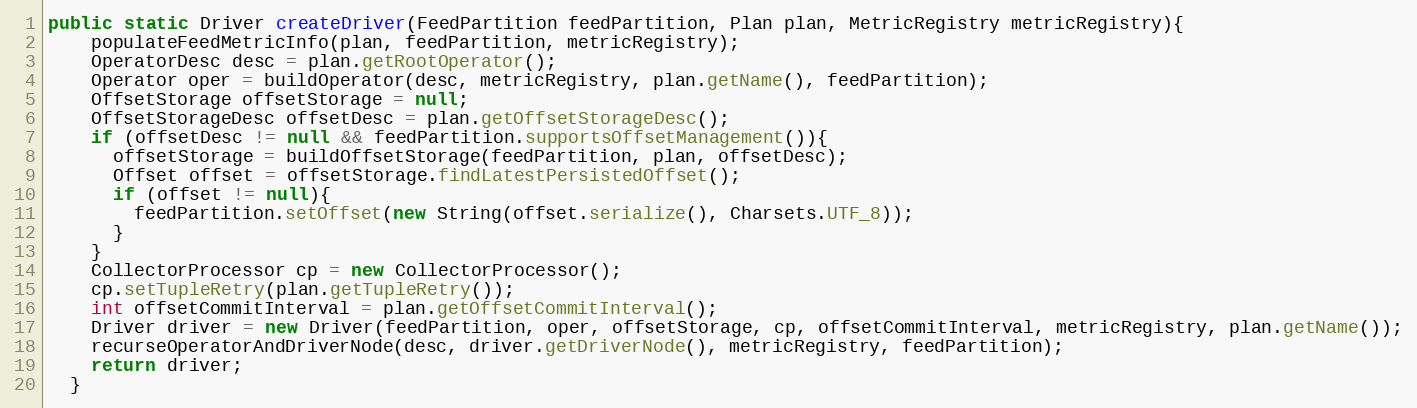
Language: Java
public static Driver createDriver(FeedPartition feedPartition, Plan plan, MetricRegistry metricRegistry){
    populateFeedMetricInfo(plan, feedPartition, metricRegistry);
    OperatorDesc desc = plan.getRootOperator();
    Operator oper = buildOperator(desc, metricRegistry, plan.getName(), feedPartition);
    OffsetStorage offsetStorage = null;
    OffsetStorageDesc offsetDesc = plan.getOffsetStorageDesc();
    if (offsetDesc != null && feedPartition.supportsOffsetManagement()){
      offsetStorage = buildOffsetStorage(feedPartition, plan, offsetDesc);
      Offset offset = offsetStorage.findLatestPersistedOffset();
      if (offset != null){
        feedPartition.setOffset(new String(offset.serialize(), Charsets.UTF_8));
      }
    }
    CollectorProcessor cp = new CollectorProcessor();
    cp.setTupleRetry(plan.getTupleRetry());
    int offsetCommitInterval = plan.getOffsetCommitInterval();
    Driver driver = new Driver(feedPartition, oper, offsetStorage, cp, offsetCommitInterval, metricRegistry, plan.getName());
    recurseOperatorAndDriverNode(desc, driver.getDriverNode(), metricRegistry, feedPartition);
    return driver;
  }